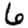
Digit: 6